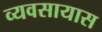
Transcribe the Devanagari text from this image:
व्‍यवसायास